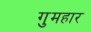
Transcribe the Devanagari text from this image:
गुमहार